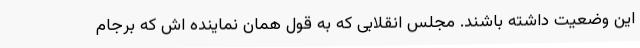
این وضعیت داشته باشند. مجلس انقلابی که به قول همان نماینده اش که برجام